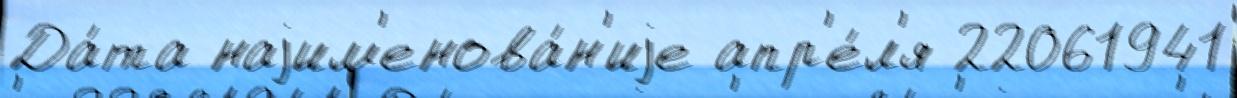
Да́та наjим'енова́н'иjе апр'е́л'я 22061941